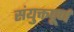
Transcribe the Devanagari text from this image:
संयुक्तपूर्ण